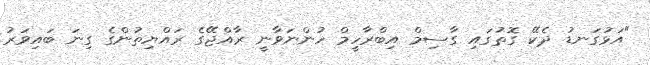
"އަޅުގަނޑު ދެކޭ ގޮތުގައި ގާސިމް އިބްރާހީމް ހުންނަވާނީ ރާއްޖޭގެ ރައްޔިތުންގެ ގިނަ ބައިވަރު